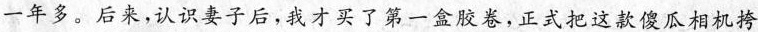
一年多。后来,认识妻子后，我才买了第一盒胶卷,正式把这款傻瓜相机挎